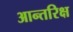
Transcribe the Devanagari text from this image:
आन्तरिक्ष